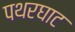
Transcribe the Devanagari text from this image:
पथरघाट